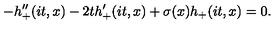
- h _ { + } ^ { \prime \prime } ( i t , x ) - 2 t h _ { + } ^ { \prime } ( i t , x ) + \sigma ( x ) h _ { + } ( i t , x ) = 0 .